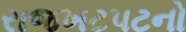
રાજખટપટનો